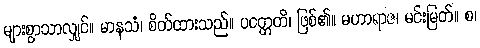
များစွာသာလျှင်။ မာနသံ၊ စိတ်ထားသည်။ ပဝတ္တတိ၊ ဖြစ်၏။ မဟာရာဇ၊ မင်းမြတ်။ စ၊